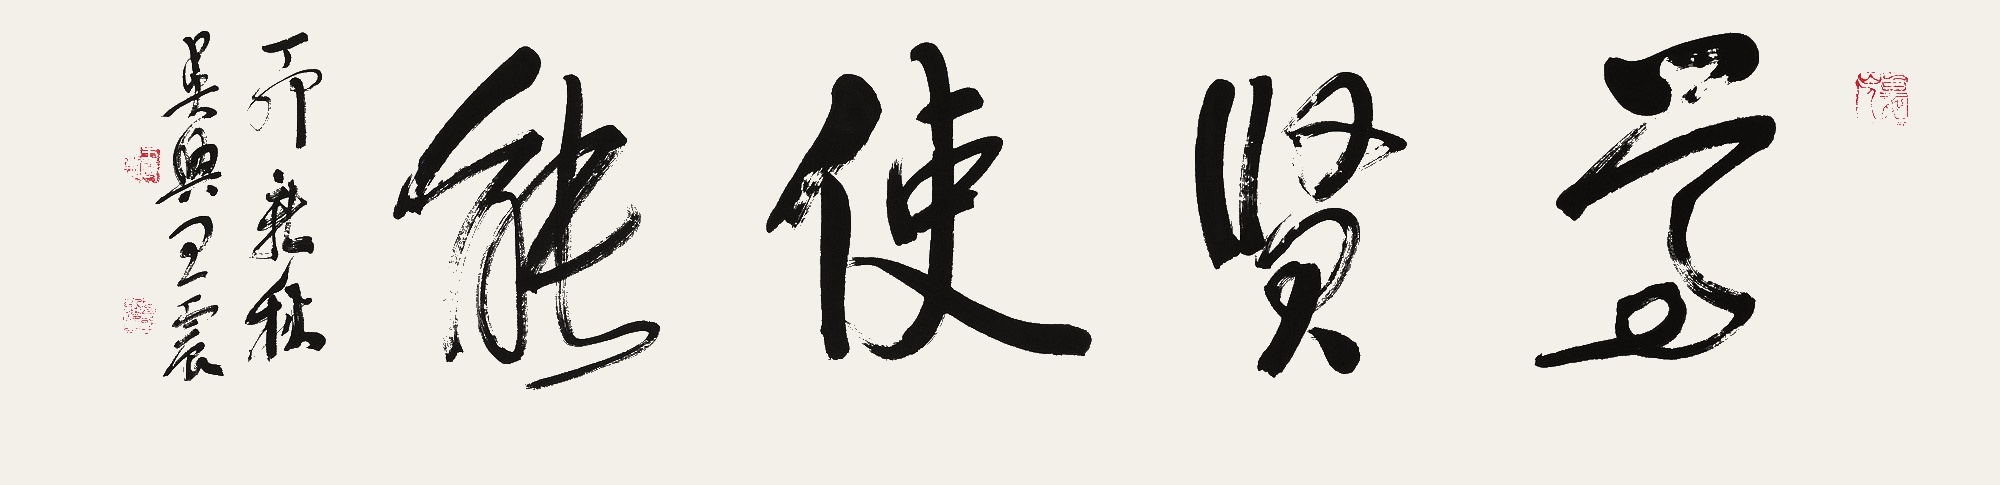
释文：尊贤使能。丁卯新秋，吴兴王震。